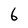
Character: 6